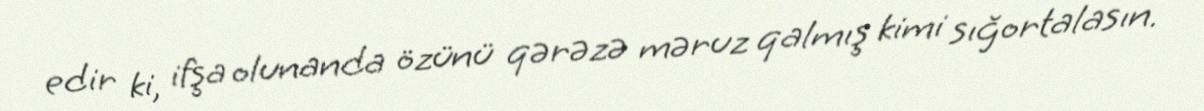
edir ki, ifşa olunanda özünü qərəzə məruz qalmış kimi sığortalasın.